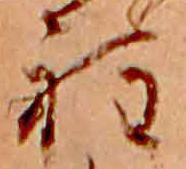
程